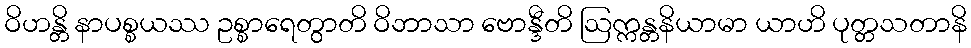
ဝိဟန္တိ နာပစ္စယဿ ဥစ္စာရေတွာတိ ဝိဘာသာ ဗောန္ဒီတိ ဩက္ကန္တနိယာမာ ယာဟိ ပုတ္တသတာနိ